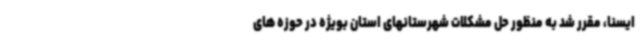
ایسنا، مقرر شد به منظور حل مشکلات شهرستانهای استان بویژه در حوزه های